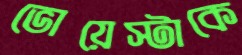
ভোয়েস্টাকে